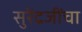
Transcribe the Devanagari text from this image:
सुरेंद्रजींचा